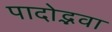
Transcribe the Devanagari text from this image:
पादोद्भवा